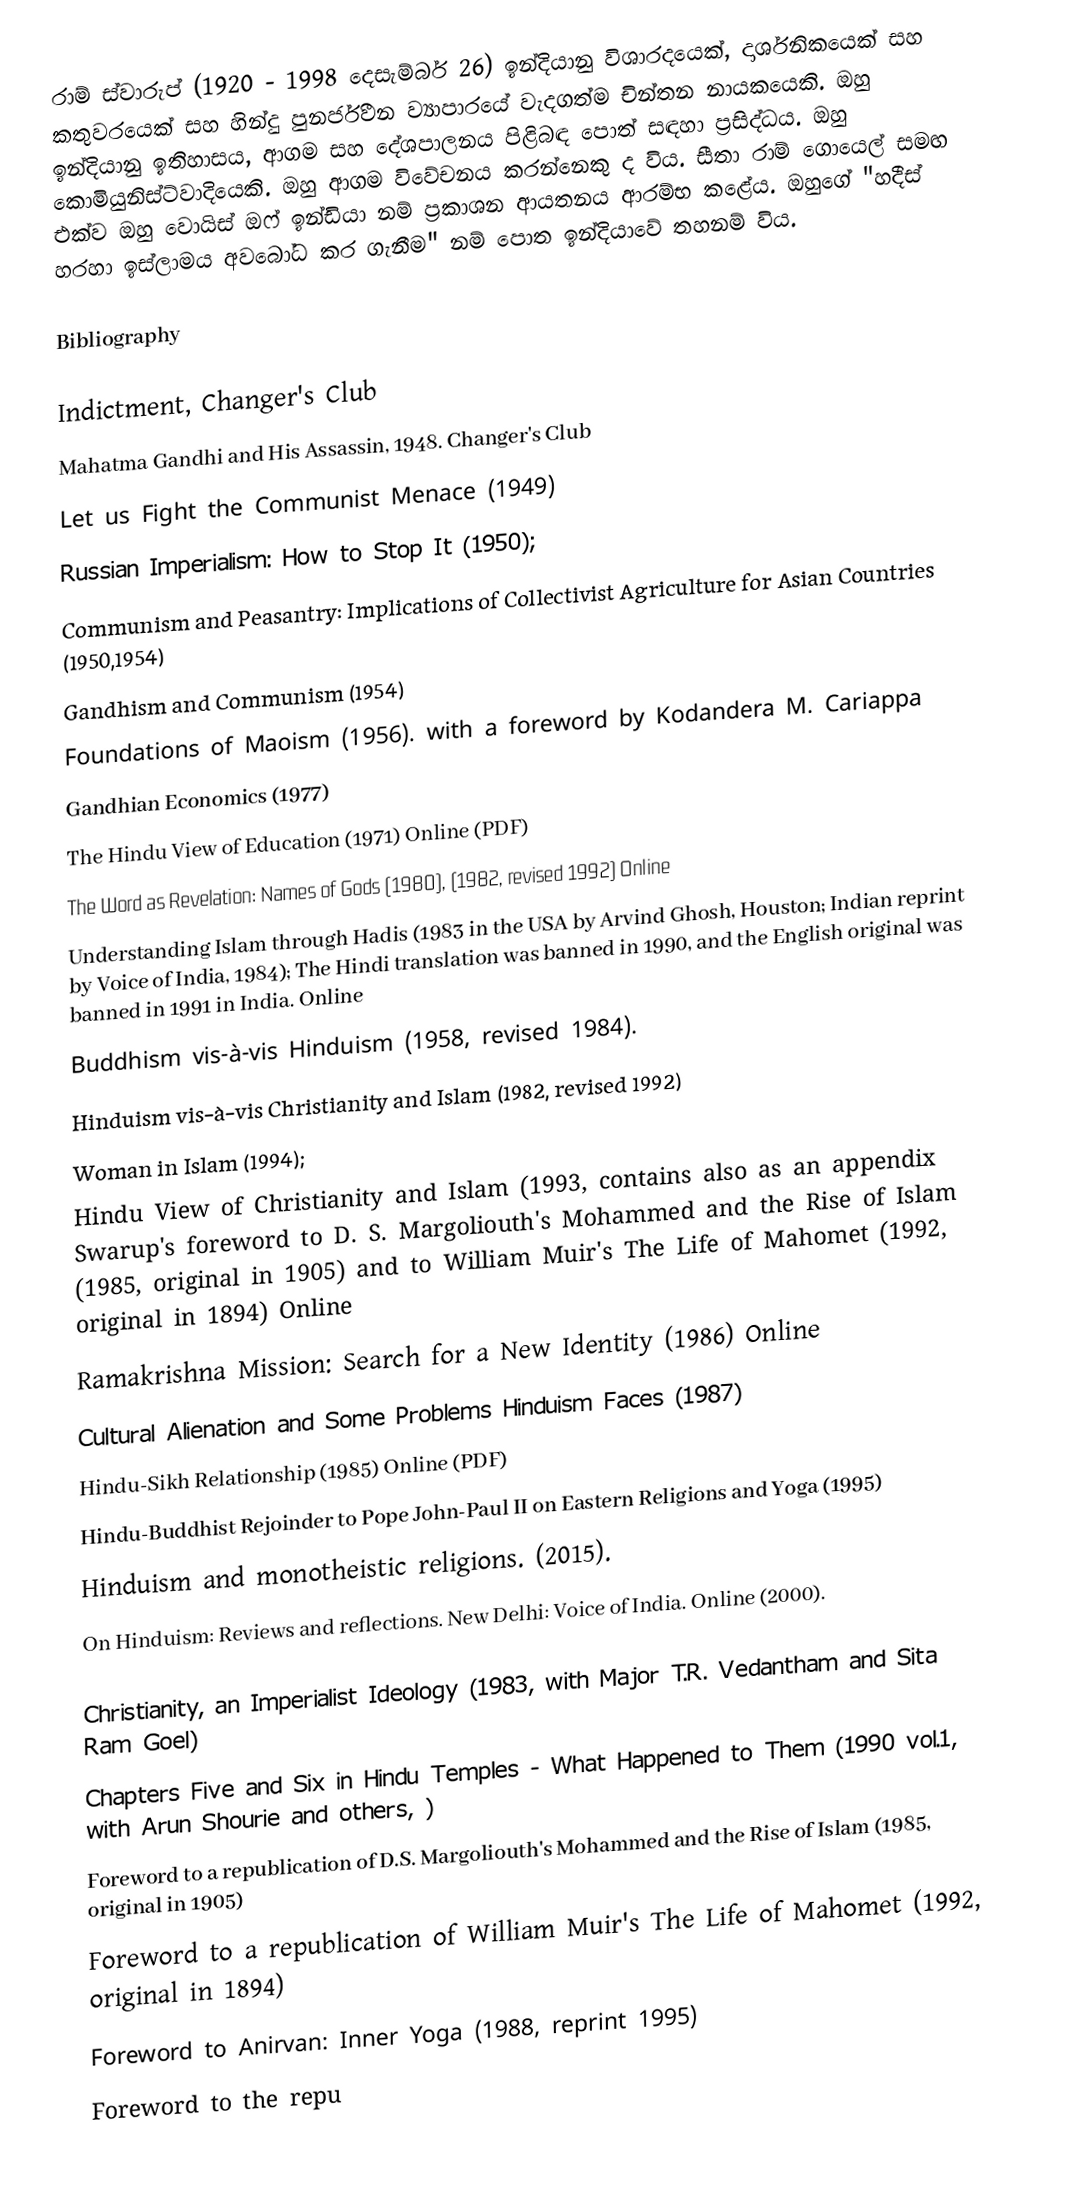
රාම් ස්වාරුප් (1920 - 1998 දෙසැම්බර් 26) ඉන්දියානු විශාරදයෙක්, දාර්ශනිකයෙක් සහ කතුවරයෙක් සහ හින්දු පුනර්ජීවන ව්‍යාපාරයේ වැදගත්ම චින්තන නායකයෙකි. ඔහු ඉන්දියානු ඉතිහාසය, ආගම සහ දේශපාලනය පිළිබඳ පොත් සඳහා ප්‍රසිද්ධය. ඔහු කොමියුනිස්ට්වාදියෙකි. ඔහු ආගම විවේචනය කරන්නෙකු ද විය. සීතා රාම් ගොයෙල් සමඟ එක්ව ඔහු වොයිස් ඔෆ් ඉන්ඩියා නම් ප්‍රකාශන ආයතනය ආරම්භ කළේය. ඔහුගේ "හදීස් හරහා ඉස්ලාමය අවබෝධ කර ගැනීම" නම් පොත ඉන්දියාවේ තහනම් විය.

Bibliography

Indictment, Changer's Club
Mahatma Gandhi and His Assassin, 1948. Changer's Club
Let us Fight the Communist Menace (1949)
Russian Imperialism: How to Stop It (1950);
Communism and Peasantry: Implications of Collectivist Agriculture for Asian Countries (1950,1954)
Gandhism and Communism (1954)
Foundations of Maoism (1956). with a foreword by Kodandera M. Cariappa
Gandhian Economics (1977)
The Hindu View of Education (1971) Online (PDF)
The Word as Revelation: Names of Gods (1980), (1982, revised 1992) Online
Understanding Islam through Hadis (1983 in the USA by Arvind Ghosh, Houston; Indian reprint by Voice of India, 1984); The Hindi translation was banned in 1990, and the English original was banned in 1991 in India. Online
Buddhism vis-à-vis Hinduism (1958, revised 1984).
Hinduism vis-à-vis Christianity and Islam (1982, revised 1992)
Woman in Islam (1994);
Hindu View of Christianity and Islam (1993, contains also as an appendix Swarup's foreword to D. S. Margoliouth's Mohammed and the Rise of Islam (1985, original in 1905) and to William Muir's The Life of Mahomet (1992, original in 1894) Online
Ramakrishna Mission: Search for a New Identity (1986) Online
Cultural Alienation and Some Problems Hinduism Faces (1987)
Hindu-Sikh Relationship (1985) Online (PDF)
Hindu-Buddhist Rejoinder to Pope John-Paul II on Eastern Religions and Yoga (1995)
 Hinduism and monotheistic religions. (2015).
 On Hinduism: Reviews and reflections. New Delhi: Voice of India. Online  (2000).

Christianity, an Imperialist Ideology (1983, with Major T.R. Vedantham and Sita Ram Goel)
 Chapters Five and Six in Hindu Temples - What Happened to Them (1990 vol.1, with Arun Shourie and others,  )
 Foreword to a republication of D.S. Margoliouth's Mohammed and the Rise of Islam (1985, original in 1905)
Foreword to a republication of William Muir's The Life of Mahomet (1992, original in 1894)
Foreword to Anirvan: Inner Yoga (1988, reprint 1995)
Foreword to the repu